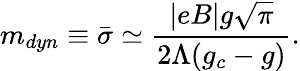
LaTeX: m_{dyn}\equiv\bar{\sigma}\simeq\frac{|eB|g\sqrt{\pi}}{2\Lambda(g_{c}-g)}.